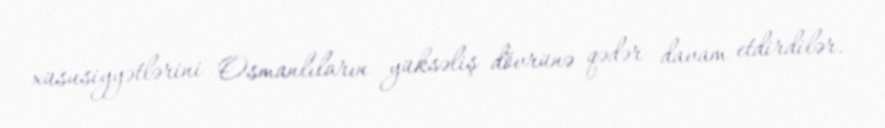
xüsusiyyətlərini Osmanlıların yüksəliş dövrünə qədər davam etdirdilər.